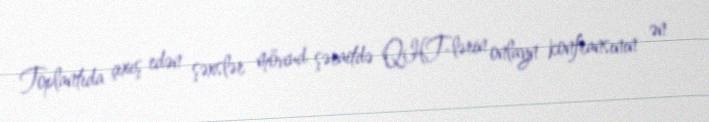
Toplantıda çıxış edən şəxslər mövcud şəraitdə QHT-lərin onlayn konfransının ən